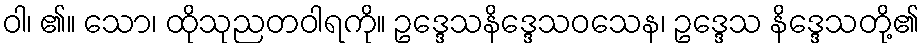
ဝါ၊ ၏။ သော၊ ထိုသုညတဝါရကို။ ဥဒ္ဒေသနိဒ္ဒေသဝသေန၊ ဥဒ္ဒေသ နိဒ္ဒေသတို့၏